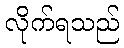
လိုက်ရသည်